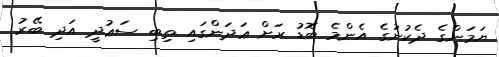
ޔަމަންގެ ދެކުނުގެ އެންމެ ބޮޑު ރަށް ޢަދަންގައި ތިބި ސަޢުދީ އަދި ބޭރު